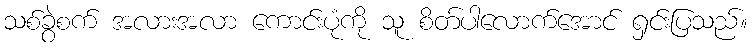
သစ်ခွဲစက် အလားအလာ ကောင်းပုံကို သူ စိတ်ပါလောက်အောင် ရှင်းပြသည်။